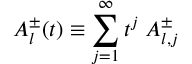
A _ { l } ^ { \pm } ( t ) \equiv \sum _ { j = 1 } ^ { \infty } t ^ { j } \; A _ { l , j } ^ { \pm }